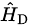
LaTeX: \scriptstyle{{\hat{H}}_{\mathrm{D}}}